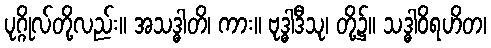
ပုဂ္ဂိုလ်တို့လည်း။ အသဒ္ဓါတိ၊ ကား။ ဗုဒ္ဓါဒီသု၊ တို့၌။ သဒ္ဓါဝိရဟိတ၊